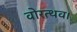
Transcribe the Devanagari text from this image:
वोरत्थव।